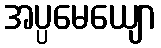
အပ္ပမေယျော